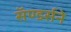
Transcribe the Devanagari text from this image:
सॅण्डर्सने